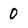
Character: O